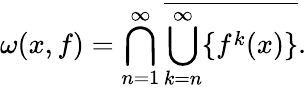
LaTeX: \omega(x,f)=\bigcap_{n=1}^{\infty}{\overline{{\bigcup_{k=n}^{\infty}\{ f^{k}(x)\} }}}.